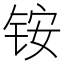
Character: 铵